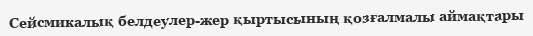
Сейсмикалық белдеулер-жер қыртысының қозғалмалы аймақтары